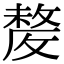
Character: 𣁛